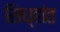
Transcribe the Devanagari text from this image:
सिध्हांत